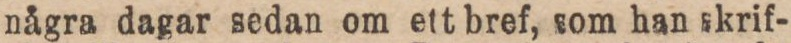
några dagar sedan om ett bref, som han skrif-